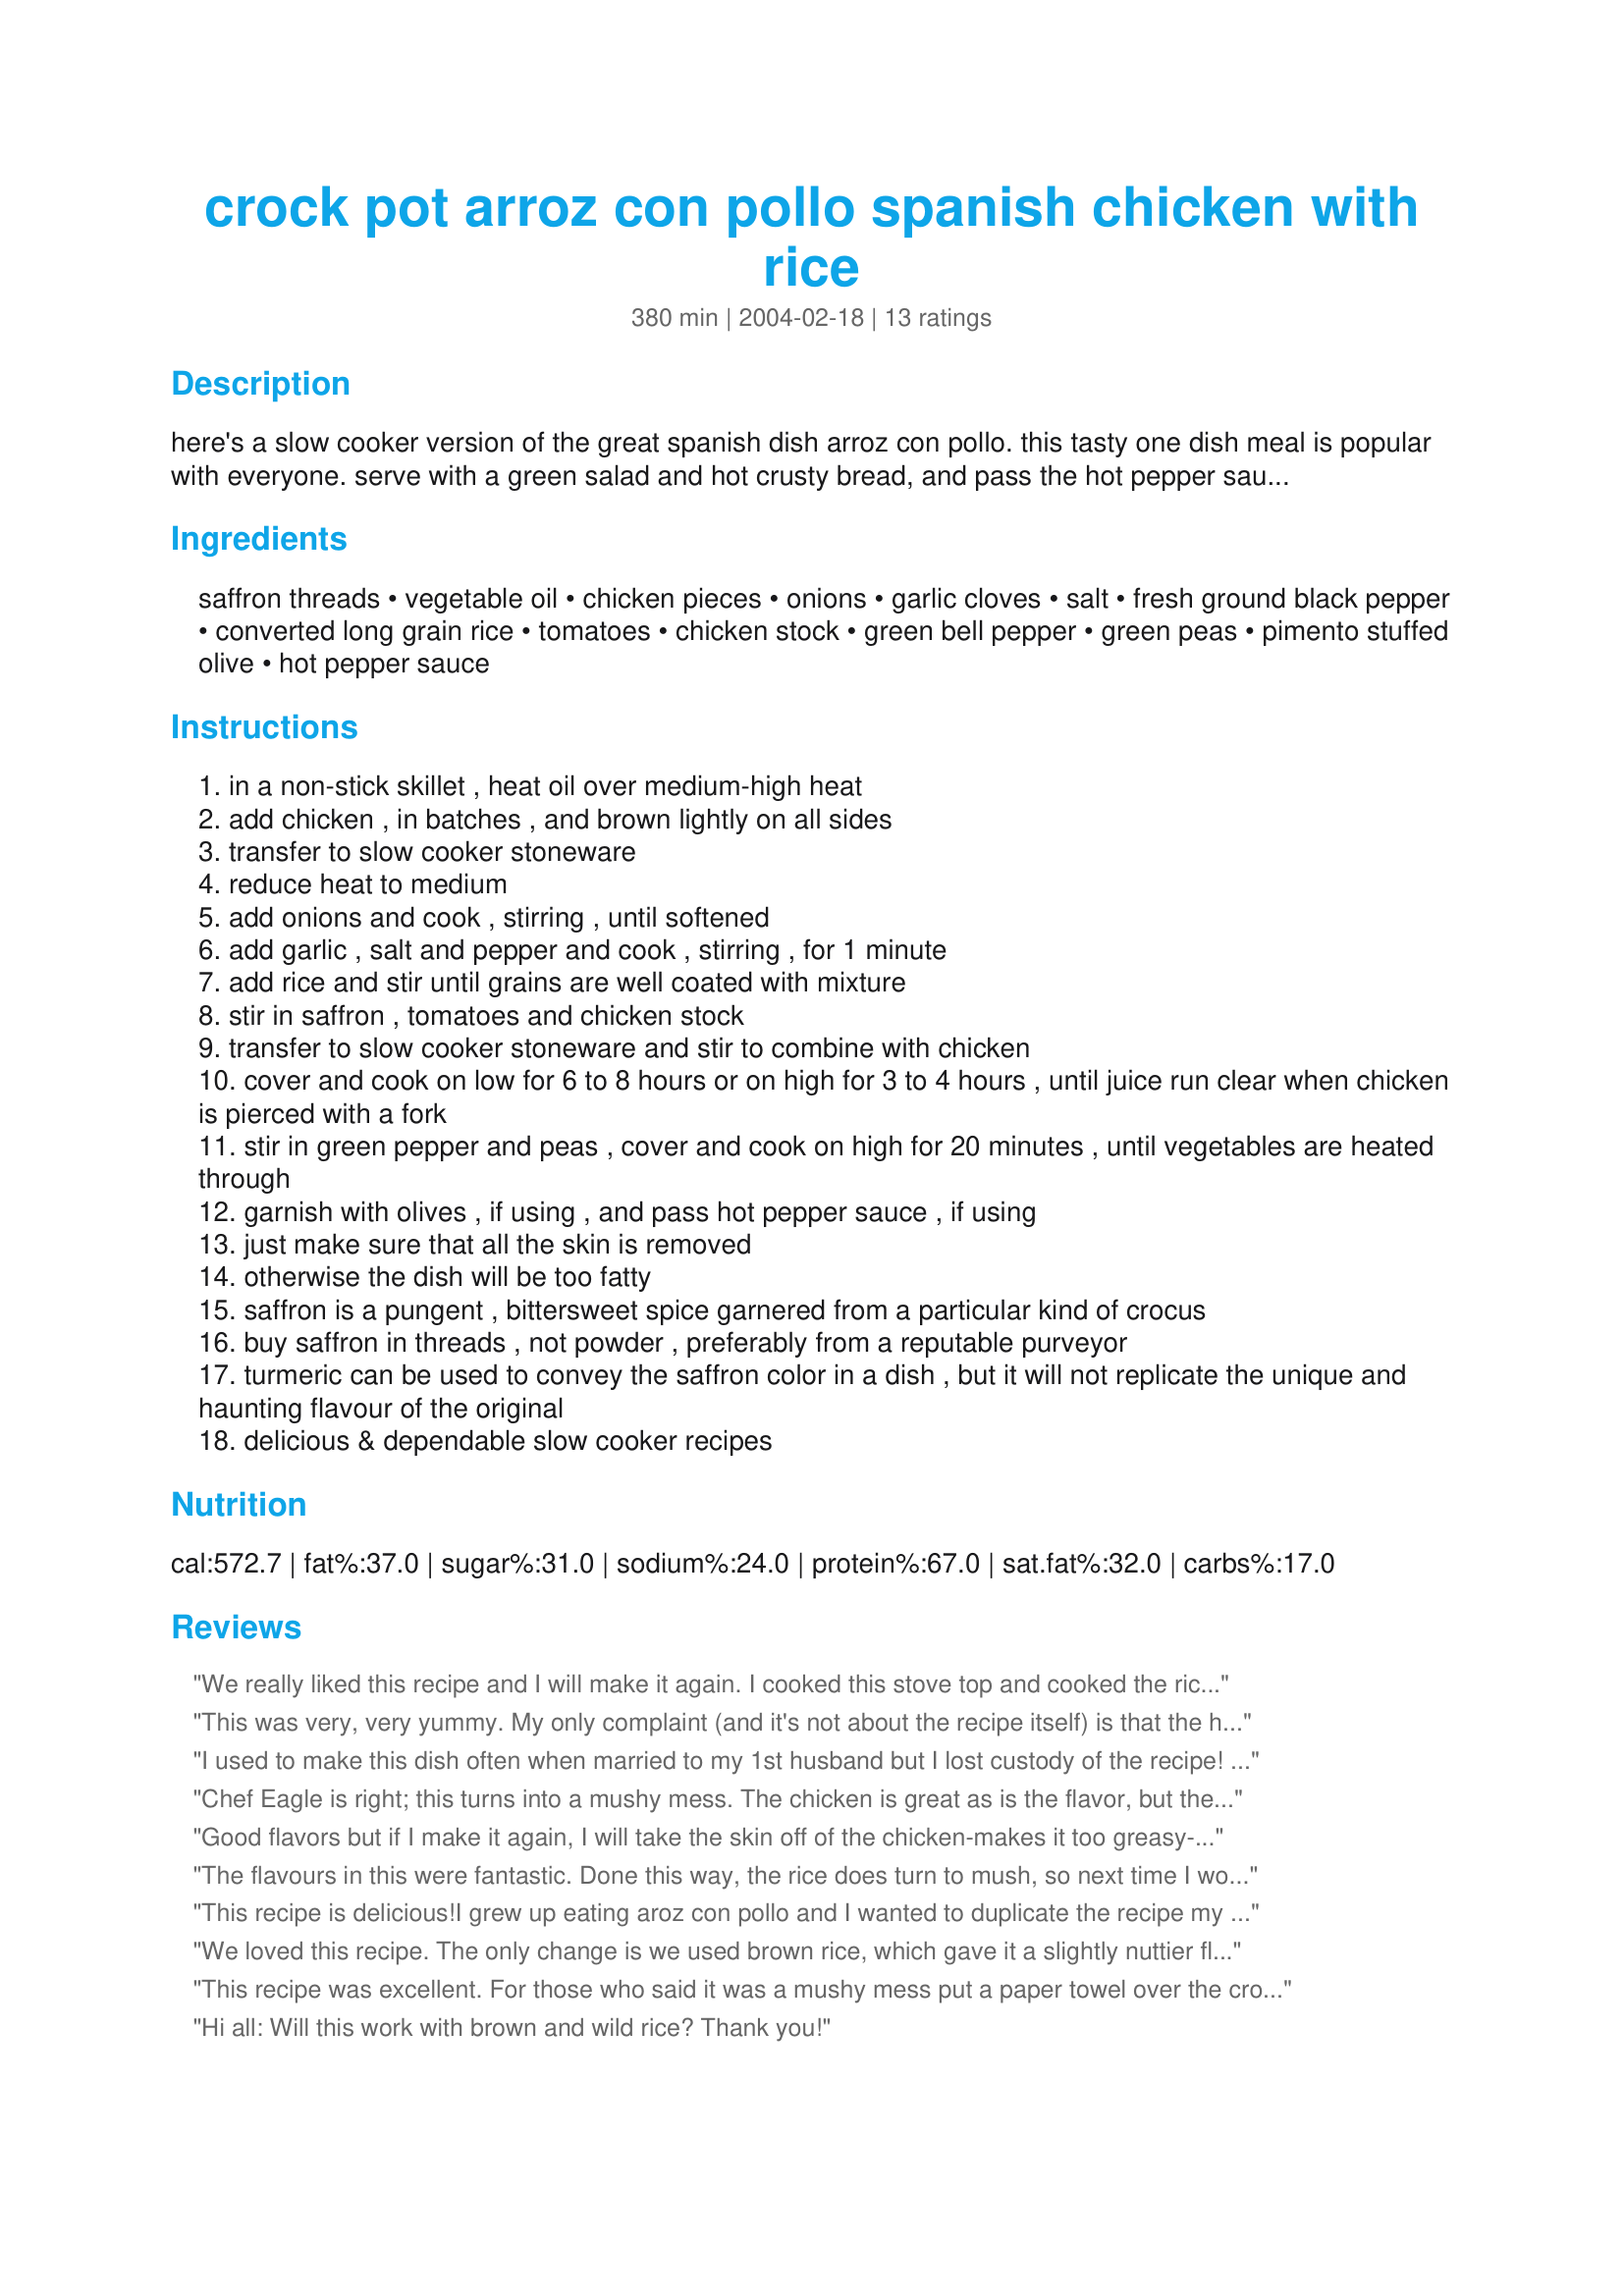
crock pot arroz con pollo spanish chicken with rice
Preparation time: 380 minutes

here's a slow cooker version of the great spanish dish arroz con pollo. this tasty one dish meal is popular with everyone. serve with a green salad and hot crusty bread, and pass the hot pepper sauce for those who like heat.

Ingredients:
saffron threads, vegetable oil, chicken pieces, onions, garlic cloves, salt, fresh ground black pepper, converted long grain rice, tomatoes, chicken stock, green bell pepper, green peas, pimento stuffed olive, hot pepper sauce

Steps:
in a non-stick skillet , heat oil over medium-high heat
add chicken , in batches , and brown lightly on all sides
transfer to slow cooker stoneware
reduce heat to medium
add onions and cook , stirring , until softened
add garlic , salt and pepper and cook , stirring , for 1 minute
add rice and stir until grains are well coated with mixture
stir in saffron , tomatoes and chicken stock
transfer to slow cooker stoneware and stir to combine with chicken
cover and cook on low for 6 to 8 hours or on high for 3 to 4 hours , until juice run clear when chicken is pierced with a fork
stir in green pepper and peas , cover and cook on high for 20 minutes , until vegetables are heated through
garnish with olives , if using , and pass hot pepper sauce , if using
just make sure that all the skin is removed
otherwise the dish will be too fatty
saffron is a pungent , bittersweet spice garnered from a particular kind of crocus
buy saffron in threads , not powder , preferably from a reputable purveyor
turmeric can be used to convey the saffron color in a dish , but it will not replicate the unique and haunting flavour of the original
delicious & dependable slow cooker recipes

Reviews:
We really liked this recipe and I will make it again. I cooked this stove top and cooked the rice separately. I used skinless thighs and the saffron. I added some corn starch to thicken a little and also 2 small potatoes chopped. We usually eat very spicy dishes but we loved this mild saffron flavor. Thanks!
This was very, very yummy. My only complaint (and it's not about the recipe itself) is that the hot sauce (that we love) overpowered the delicate taste of saffron. Next time I think I'll have to choose one or the other. Thanks, Olga, for posting this easy and delicious recipe.
I used to make this dish often when married to my 1st husband but I lost custody of the recipe! This one is very similar and I would say even better than the one I used to have. The rice is sticky, but that could be remedied by washing the rice before adding to the pan. I however like it sticky. I only used 1/2 tsp turmeric but otherwise made it just as written. Thank you for posting this recipe.
Chef Eagle is right; this turns into a mushy mess. The chicken is great as is the flavor, but the rice just goes south. I think it's the combo of tomato-based acidity and a general overcooking. The result is basically gumbo, so if that's what you seek you're fine. It wasn't what I wanted; I expected rice that was recognizable as rice.
Good flavors but if I make it again, I will take the skin off of the chicken-makes it too greasy-and add the rice toward the end of the cooking process or cook the rice separately. I followed one reviewers advice and used brown rice, but it was still mushy.

A more authentic spice to use is achote.
The flavours in this were fantastic. Done this way, the rice does turn to mush, so next time I would do it the same but add the rice in the last half hour. I used brown rice as well to kick up the nutritional content a bit! The garlic and the saffron lead to a very delicate, but yummy, flavour.
This recipe is delicious!I grew up eating aroz con pollo and I wanted to duplicate the recipe my mom had that I never got.
First, I used turmeric as saffron is very expensive. Second, after reading the reviews I decided to make the rice separately. I used two boxes of uncle bens long grain and wild rice, original recipe. For those that are worried this recipe may lack flavor, using the uncle bens helped as it already has a lot of spices in it. So the flavor is awesome.
This recipe reminded me so much of when my mom used to make it. Love it! Definitely making again!
Also. Next time I may make three boxes of rice to have some for leftovers to go with chicken.
We loved this recipe. The only change is we used brown rice, which gave it a slightly nuttier flavor and is a healthy alternative to white rice. Because this is a slow cook dish we did not have to adjust the cooking time for the brown rice.

Enjoy
This recipe was excellent. For those who said it was a mushy mess put a paper towel over the crock pot and under the crock pot for the last hour of cooking.
This helps absorb most of the liquid and prevents the rice from being mushy.
This tip can be used for other recipes in which you see there is too much liquid during the cooking time.
Hi all: Will this work with brown and wild rice? Thank you!
Good recipe - but I changed it a little. Saffron is good in this, but true Cuban arroz con pollo uses some oregano and cumin. I used a round teaspoon of both. I also added a little Spanish paprika for a smokey flavor. To avoid having the rice turn to mush, first I deglazed the frying pan with the tomatoes and added this to the crockpot. I waited until about 45 minutes before completion, and sauteed the rice in a little olive oil until transparent, then added this rice to the crock pot. The rice cooked perfectly - it was tender but did not turn to mush.
oh boy, I dusted off my crock pot and was excited about trying this recipe. I was so disappointed. It was a big mushy mess. I followed all the instructions and still found it to be lacking in flavor and too low in salt (and I don't need a lot). Any ideas on how to improve flavor. I even used the saffron threads.
Delicious flavor. My only complaint would be that the rice came out very sticky. Next time I will make the rice seperately.
